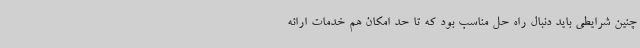
چنین شرایطی باید دنبال راه حل مناسب بود که تا حد امکان هم خدمات ارائه